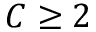
C \ge 2